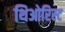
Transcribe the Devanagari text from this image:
थिओरिस्ट